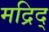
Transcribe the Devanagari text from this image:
मद्रिद्